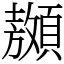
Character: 䫨